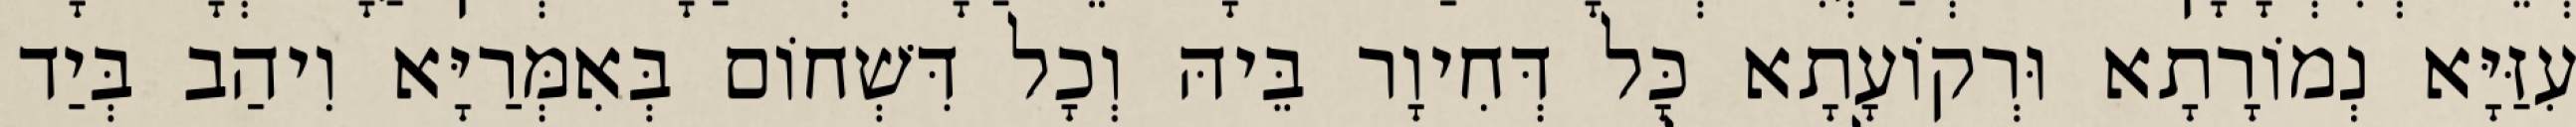
עִזַּיָּא נְמוֹרָתָא וּרְקוֹעָתָא כָּל דְּחִיוָר בֵּיהּ וְכָל דִּשְׁחוֹם בְּאִמְּרַיָּא וִיהַב בְּיַד